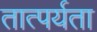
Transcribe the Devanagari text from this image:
तात्पर्यता